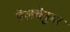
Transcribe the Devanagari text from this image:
बेलचेनुमा